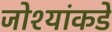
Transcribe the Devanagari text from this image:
जोश्यांकडे